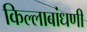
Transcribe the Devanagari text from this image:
किल्लाबांधणी